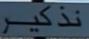
نذكير